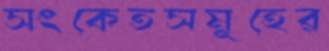
সংকেতসমূহের